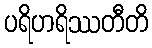
ပရိဟရိဿတီတိ